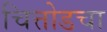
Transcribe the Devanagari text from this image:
चित्तोडचा